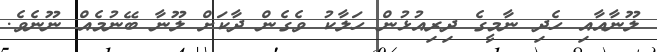
ލޫނާއާއި ހެދި ނާމީގެ ދިރިއުޅުން ހަލާކު ވެގެން ދާކަށް ލޫނާ ބޭނުމެއް ނޫނެވެ.